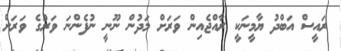
ރައީސް އަބްދު ޔާމީނަކީ ރާއްޖެއިން ވަރަށް މަދުން ނޫނީ ނުފެންނަ ވަރުގެ ވަރަށް